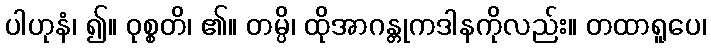
ပါဟုနံ၊ ၍။ ဝုစ္စတိ၊ ၏။ တမ္ပိ၊ ထိုအာဂန္တုကဒါနကိုလည်း။ တထာရူပေ၊